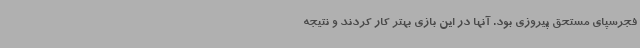
فجرسپای مستحق پیروزی بود. آنها در این بازی بهتر کار کردند و نتیجه